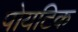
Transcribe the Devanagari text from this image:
पोयटिक